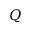
\boldsymbol { Q }